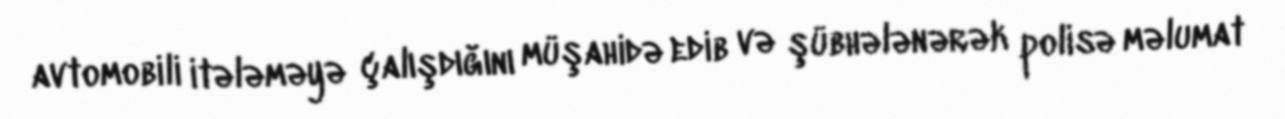
avtomobili itələməyə çalışdığını müşahidə edib və şübhələnərək polisə məlumat